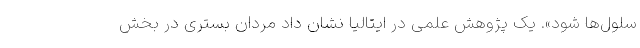
سلول‌ها شود». یک پژوهش علمی در ایتالیا نشان داد مردان بستری در بخش